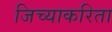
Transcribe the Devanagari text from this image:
जिच्याकरिता